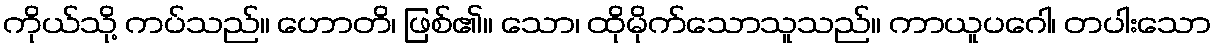
ကိုယ်သို့ ကပ်သည်။ ဟောတိ၊ ဖြစ်၏။ သော၊ ထိုမိုက်သောသူသည်။ ကာယူပဂေါ၊ တပါးသော